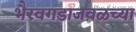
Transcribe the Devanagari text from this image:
भैरवगडाजवळच्या